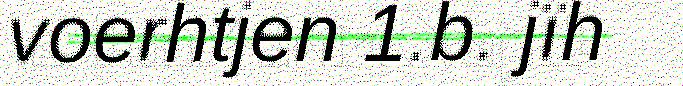
voerhtjen 1.b. jïh